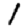
Digit: 1